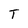
Character: T